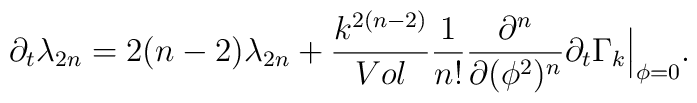
\partial_t \lambda_{2n}=2(n-2)\lambda_{2n}+{k^{2(n-2)}\over Vol}{1\over n!}{\partial^n\over\partial (\phi^2)^n}\partial_t \Gamma_k \Big|_{\phi=0}.